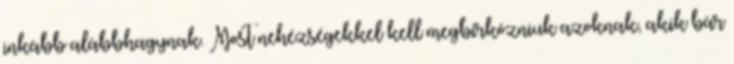
inkább alábbhagynak. Most nehézségekkel kell megbirkózniuk azoknak, akik bár